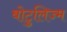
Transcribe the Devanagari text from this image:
बोटुलिज्म